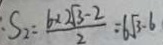
、 S _ { 2 } = \frac { b \times 2 \sqrt { 3 } - 2 } { 2 } = 6 \sqrt { 3 } - 6